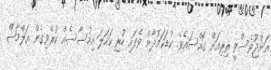
އަންޖޫވެސްވީ ތިރިއަށް ގޮއްސައެވެ. ކުޑަކަމުދާން ވެފައި ހުރި ކަހަލަ އިހުސާސެއް ކުރެވިގެން އަލްމާޝް